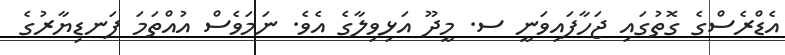
އެޑްރެސްގެ ގޮތުގައި ޖަހާފައިވަނީ ސ. މީދޫ އަޅިވިލާގެ އެވެ. ނަަމަވެސް އުއްތަމަ ފަނޑިޔާރުގެ